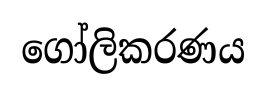
ගෝලිකරණය